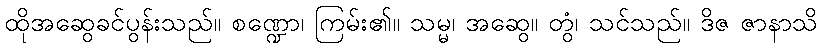
ထိုအဆွေခင်ပွန်းသည်။ စဏ္ဍော၊ ကြမ်း၏။ သမ္မ၊ အဆွေ။ တွံ၊ သင်သည်။ ဒိဇ ဇာနာသိ